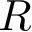
{ \cal R }